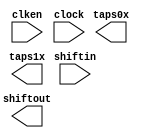
// megafunction wizard: %Shift register (RAM-based)%VBB%
// GENERATION: STANDARD
// VERSION: WM1.0
// MODULE: ALTSHIFT_TAPS 

// ============================================================
// Megafunction Name(s):
// 			ALTSHIFT_TAPS
//
// Simulation Library Files(s):
// 			altera_mf
// ============================================================
// ************************************************************
// THIS IS A WIZARD-GENERATED FILE. DO NOT EDIT THIS FILE!
//
// 13.1.0 Build 162 10/23/2013 SJ Full Version
// ************************************************************

//Copyright (C) 1991-2013 Altera Corporation
//Your use of Altera Corporation's design tools, logic functions 
//and other software and tools, and its AMPP partner logic 
//functions, and any output files from any of the foregoing 
//(including device programming or simulation files), and any 
//associated documentation or information are expressly subject 
//to the terms and conditions of the Altera Program License 
//Subscription Agreement, Altera MegaCore Function License 
//Agreement, or other applicable license agreement, including, 
//without limitation, that your use is for the sole purpose of 
//programming logic devices manufactured by Altera and sold by 
//Altera or its authorized distributors.  Please refer to the 
//applicable agreement for further details.

module shift_ip (
	clken,
	clock,
	shiftin,
	shiftout,
	taps0x,
	taps1x);

	input	  clken;
	input	  clock;
	input	[15:0]  shiftin;
	output	[15:0]  shiftout;
	output	[15:0]  taps0x;
	output	[15:0]  taps1x;
`ifndef ALTERA_RESERVED_QIS
// synopsys translate_off
`endif
	tri1	  clken;
`ifndef ALTERA_RESERVED_QIS
// synopsys translate_on
`endif

endmodule

// ============================================================
// CNX file retrieval info
// ============================================================
// Retrieval info: PRIVATE: ACLR NUMERIC "0"
// Retrieval info: PRIVATE: CLKEN NUMERIC "1"
// Retrieval info: PRIVATE: GROUP_TAPS NUMERIC "1"
// Retrieval info: PRIVATE: INTENDED_DEVICE_FAMILY STRING "Cyclone IV E"
// Retrieval info: PRIVATE: NUMBER_OF_TAPS NUMERIC "2"
// Retrieval info: PRIVATE: RAM_BLOCK_TYPE NUMERIC "1"
// Retrieval info: PRIVATE: SYNTH_WRAPPER_GEN_POSTFIX STRING "0"
// Retrieval info: PRIVATE: TAP_DISTANCE NUMERIC "800"
// Retrieval info: PRIVATE: WIDTH NUMERIC "16"
// Retrieval info: LIBRARY: altera_mf altera_mf.altera_mf_components.all
// Retrieval info: CONSTANT: INTENDED_DEVICE_FAMILY STRING "Cyclone IV E"
// Retrieval info: CONSTANT: LPM_HINT STRING "RAM_BLOCK_TYPE=M9K"
// Retrieval info: CONSTANT: LPM_TYPE STRING "altshift_taps"
// Retrieval info: CONSTANT: NUMBER_OF_TAPS NUMERIC "2"
// Retrieval info: CONSTANT: TAP_DISTANCE NUMERIC "800"
// Retrieval info: CONSTANT: WIDTH NUMERIC "16"
// Retrieval info: USED_PORT: clken 0 0 0 0 INPUT VCC "clken"
// Retrieval info: USED_PORT: clock 0 0 0 0 INPUT NODEFVAL "clock"
// Retrieval info: USED_PORT: shiftin 0 0 16 0 INPUT NODEFVAL "shiftin[15..0]"
// Retrieval info: USED_PORT: shiftout 0 0 16 0 OUTPUT NODEFVAL "shiftout[15..0]"
// Retrieval info: USED_PORT: taps0x 0 0 16 0 OUTPUT NODEFVAL "taps0x[15..0]"
// Retrieval info: USED_PORT: taps1x 0 0 16 0 OUTPUT NODEFVAL "taps1x[15..0]"
// Retrieval info: CONNECT: @clken 0 0 0 0 clken 0 0 0 0
// Retrieval info: CONNECT: @clock 0 0 0 0 clock 0 0 0 0
// Retrieval info: CONNECT: @shiftin 0 0 16 0 shiftin 0 0 16 0
// Retrieval info: CONNECT: shiftout 0 0 16 0 @shiftout 0 0 16 0
// Retrieval info: CONNECT: taps0x 0 0 16 0 @taps 0 0 16 0
// Retrieval info: CONNECT: taps1x 0 0 16 0 @taps 0 0 16 16
// Retrieval info: GEN_FILE: TYPE_NORMAL shift_ip.v TRUE
// Retrieval info: GEN_FILE: TYPE_NORMAL shift_ip.inc FALSE
// Retrieval info: GEN_FILE: TYPE_NORMAL shift_ip.cmp FALSE
// Retrieval info: GEN_FILE: TYPE_NORMAL shift_ip.bsf FALSE
// Retrieval info: GEN_FILE: TYPE_NORMAL shift_ip_inst.v TRUE
// Retrieval info: GEN_FILE: TYPE_NORMAL shift_ip_bb.v TRUE
// Retrieval info: LIB_FILE: altera_mf